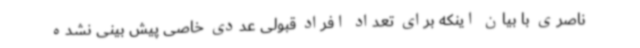
ناصری با بیان اینکه برای تعداد افراد قبولی عددی خاصی پیش بینی نشده